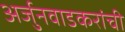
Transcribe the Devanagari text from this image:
अर्जुनवाडकरांची